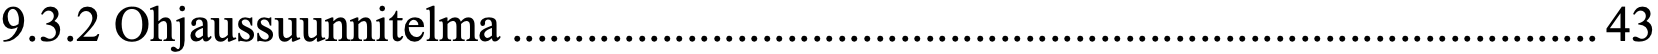
9.3.2 Ohjaussuunnitelma ....................................................................................... 43